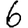
Digit: 6